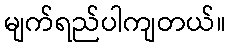
မျက်ရည်ပါကျတယ်။